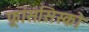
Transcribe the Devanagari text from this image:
फ़्रांससिस्को